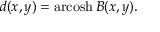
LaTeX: d ( x , y ) = \operatorname { a r c o s h } B ( x , y ) .